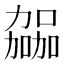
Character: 𫦹